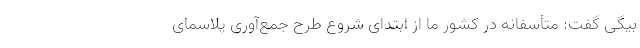
بیگی گفت: متأسفانه در کشور ما از ابتدای شروع طرح جمع‌آوری پلاسمای